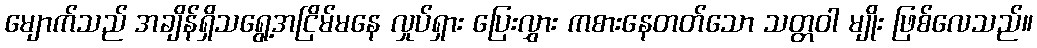
မျောက်သည် အချိန်ရှိသရွေ့အငြိမ်မနေ လှုပ်ရှား ပြေးလွှား ကစားနေတတ်သော သတ္တဝါ မျိုး ဖြစ်လေသည်။